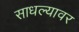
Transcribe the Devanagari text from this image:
साधल्यावर